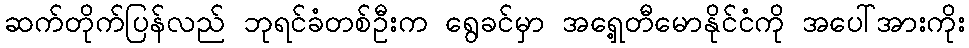
ဆက်တိုက်ပြန်လည် ဘုရင်ခံတစ်ဦးက ရွေခင်မှာ အရှေ့တီမောနိုင်ငံကို အပေါ်အားကိုး